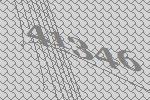
41346